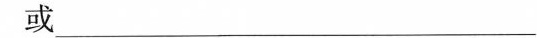
或_____